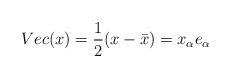
LaTeX: \begin{align*}Vec(x)=\frac{1}{2}(x-\bar{x}) = x_\alpha e_\alpha\end{align*}